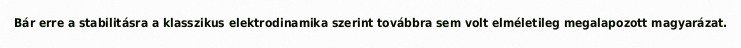
Bár erre a stabilitásra a klasszikus elektrodinamika szerint továbbra sem volt elméletileg megalapozott magyarázat.